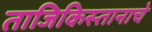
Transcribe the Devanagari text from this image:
ताजिकिस्तानाचे